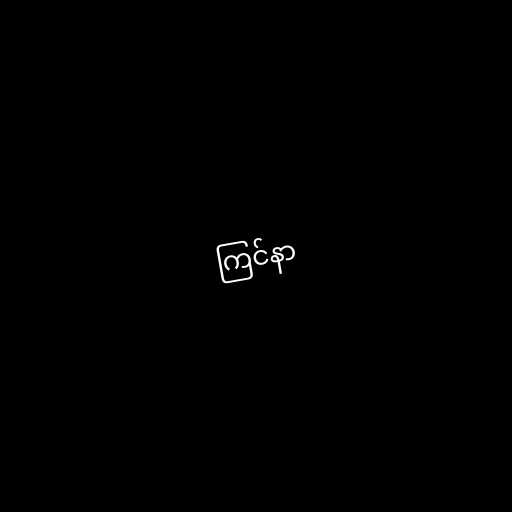
ကြင်နာ